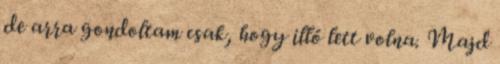
de arra gondoltam csak, hogy illő lett volna. Majd